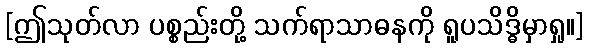
[ဤသုတ်လာ ပစ္စည်းတို့ သက်ရာသာဓနကို ရူပသိဒ္ဓိမှာရှု။]